Indian journal of veterinary science and animal husbandry - Volume 3,
Year: 1933
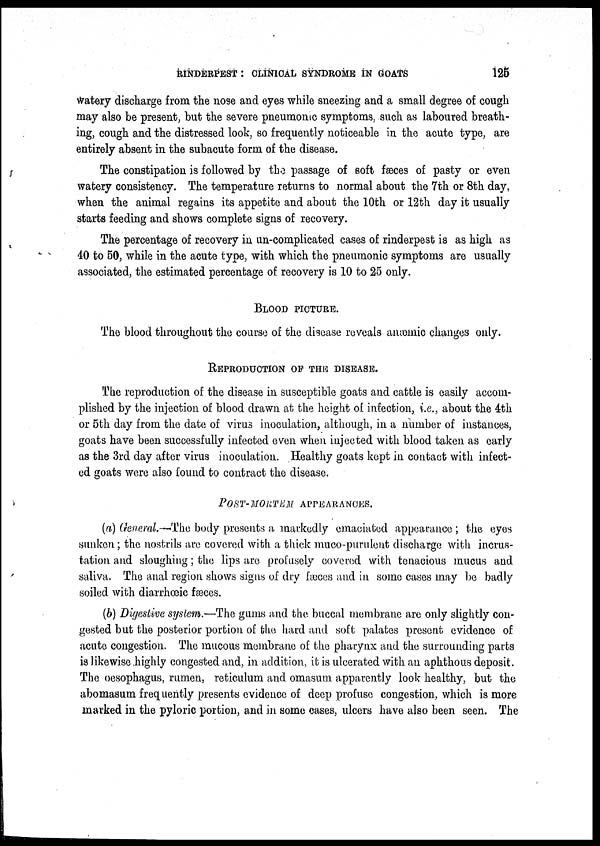
RINDERPEST : CLINICAL SYNDROME IN GOATS
125
watery discharge from the nose and eyes while sneezing and a small degree of cough
may also be present, but the severe pneumonic symptoms, such as laboured breath-
ing, cough and the distressed look, so frequently noticeable in the acute type, are
entirely absent in the subacute form of the disease.
The constipation is followed by the passage of soft fæces of pasty or even
watery consistency. The temperature returns to normal about the 7th or 8th day,
when the animal regains its appetite and about the 10th or 12th day it usually
starts feeding and shows complete signs of recovery.
The percentage of recovery in un-complicated cases of rinderpest is as high as
40 to 50, while in the acute type, with which the pneumonic symptoms are usually
associated, the estimated percentage of recovery is 10 to 25 only.
BLOOD PICTURE.
The blood throughout the course of the disease reveals anæmic changes only.
REPRODUCTION OF THE DISEASE.
The reproduction of the disease in susceptible goats and cattle is easily accom-
plished by the injection of blood drawn at the height of infection, i.e., about the 4th
or 5th day from the date of virus inoculation, although, in a number of instances,
goats have been successfully infected even when injected with blood taken as early
as the 3rd day after virus inoculation. Healthy goats kept in contact with infect-
ed goats were also found to contract the disease.
POST- MORTEM APPEARANCES.
(a) General.-—The body presents a markedly emaciated appearance ; the eyes
sunken; the nostrils are covered with a thick muco-purulent discharge with incrus-
tation and sloughing; the lips are profusely covered with tenacious mucus and
saliva. The anal region shows signs of dry fæces and in some cases may be badly
soiled with diarrhœic fæces.
(b) Digestive system.—The gums and the buccal membrane are only slightly con-
gested but the posterior portion of the hard and soft palates present evidence of
acute congestion. The mucous membrane of the pharynx and the surrounding parts
is likewise highly congested and, in addition, it is ulcerated with an aphthous deposit.
The oesophagus, rumen, reticulum and omasum apparently look healthy, but the
abomasum frequently presents evidence of deep profuse congestion, which is more
marked in the pyloric portion, and in some cases, ulcers have also been seen. The